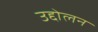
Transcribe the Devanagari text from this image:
उद्दोलन